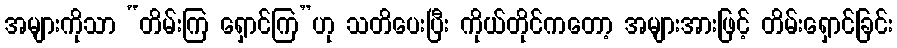
အများကိုသာ “တိမ်းကြ ရှောင်ကြ”ဟု သတိပေးပြီး ကိုယ်တိုင်ကတော့ အများအားဖြင့် တိမ်းရှောင်ခြင်း